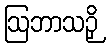
ဩဘာသဉှိ